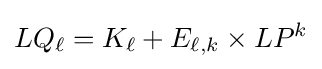
LQ_{\ell }=K_{\ell }+E_{\ell ,k}\times LP^{k}